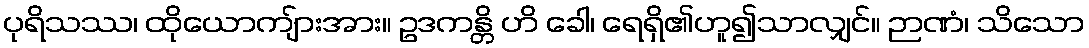
ပုရိသဿ၊ ထိုယောကျ်ားအား။ ဥဒကန္တိ ဟိ ခေါ၊ ရေရှိ၏ဟူ၍သာလျှင်။ ဉာဏံ၊ သိသော